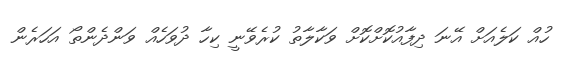
ހުއް ކަލެއަށް އޭނަ ދިފާއުކޮށްކޮށް ވަކާލާތު ކުރެވޭނީ ކިހާ ދުވަހެއް ވަންދެންތޯ އަހަރެން